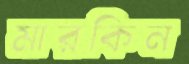
মারকিন